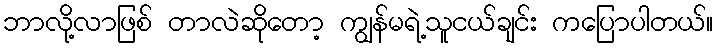
ဘာလို့လာဖြစ် တာလဲဆိုတော့ ကျွန်မရဲ့သူငယ်ချင်း ကပြောပါတယ်။